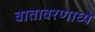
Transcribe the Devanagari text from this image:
वातावरणाध्ये